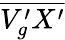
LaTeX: \overline{{V_{g}^{\prime}X^{\prime}}}